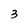
Character: 3